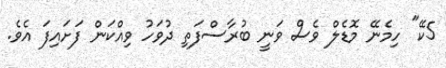
5ކޭ" ހިމެނޭ މޮޑެލް ވެސް ވަނީ ބުރާސްފަތި ދުވަހު ވިއްކަން ފަށައިފަ އެވެ.